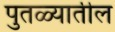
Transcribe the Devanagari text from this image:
पुतळ्यातील